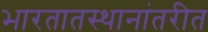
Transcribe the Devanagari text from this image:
भारतातस्थानांतरीत